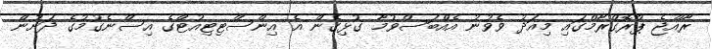
ރާއްޖެ ޕްރޮގްރާމްގައި މިއަދު ވެވުނު އެއްބަސްވުމާ ގުޅިގެން އެ އިންސްޓިޓިއުޓްގެ އިސްނެގުމުގެ ދަށުން